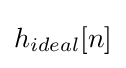
h_{ideal}[n]